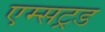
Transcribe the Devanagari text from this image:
एम्सट्रड